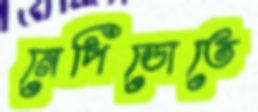
নেপিডোতে